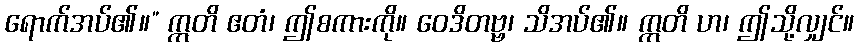
ရောက်အပ်၏။” ဣတိ ဧတံ၊ ဤစကားကို။ ဝေဒိတဗ္ဗ၊ သိအပ်၏။ ဣတိ ဟ၊ ဤသို့လျှင်။